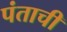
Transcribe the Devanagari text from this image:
पंताची